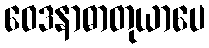
ဝေဒနာဓာတုယာပေ